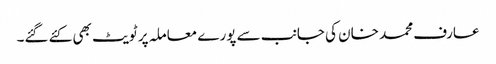
عارف محمد خان کی جانب سے پورے معاملہ پر ٹویٹ بھی کئے گئے۔